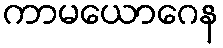
ကာမယောဂေန